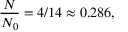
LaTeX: { \frac { N } { N _ { 0 } } } = 4 / 1 4 \approx 0 . 2 8 6 ,